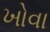
ખોવા